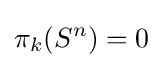
\pi _{k}(S^{n})=0